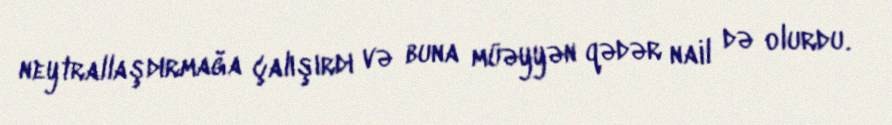
neytrallaşdırmağa çalışırdı və buna müəyyən qədər nail də olurdu.